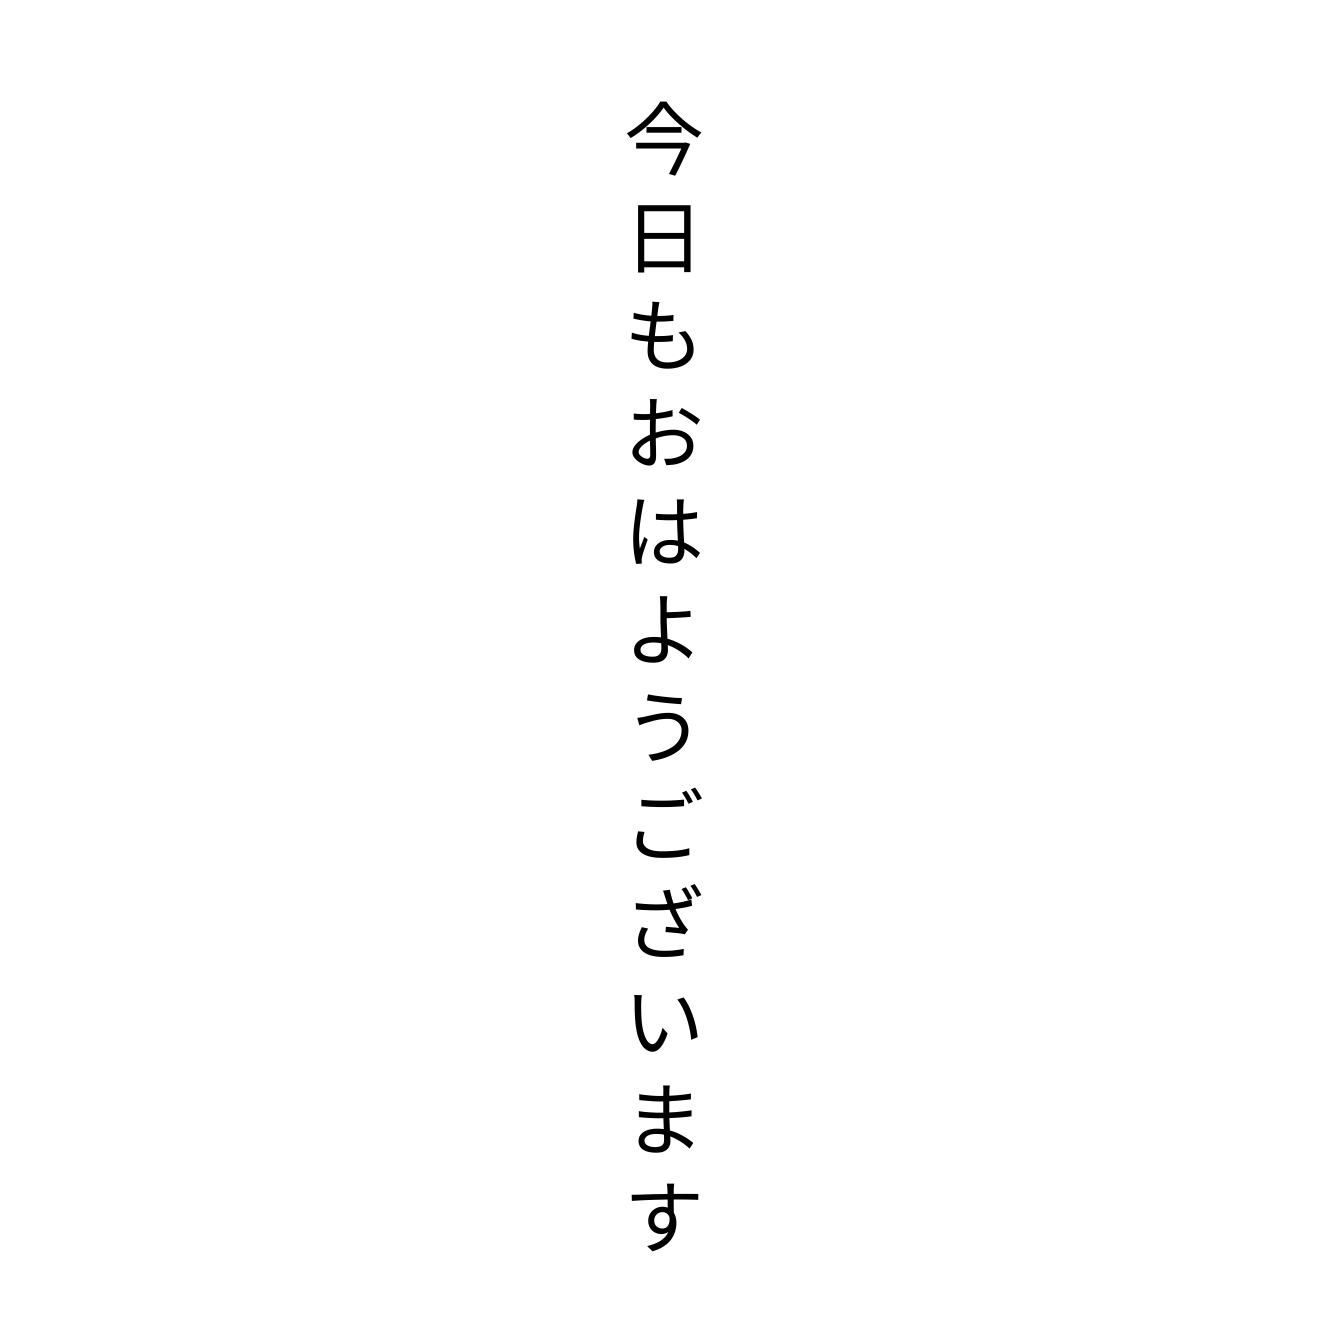
今日もおはようございます